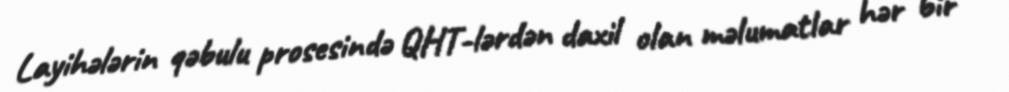
Layihələrin qəbulu prosesində QHT-lərdən daxil olan məlumatlar hər bir